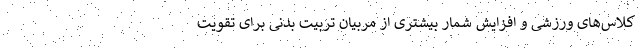
کلاس‌های ورزشی و افزایش شمار بیشتری از مربیان تربیت بدنی برای تقویت